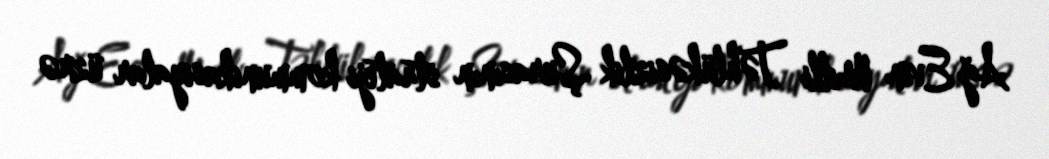
Ağ Evin Milli Təhlükəsizlik Şurasının strateji kommunikasiyalar üzrə